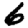
Digit: 6